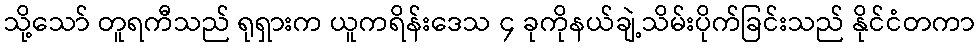
သို့သော် တူရကီသည် ရုရှားက ယူကရိန်းဒေသ ၄ ခုကိုနယ်ချဲ့သိမ်းပိုက်ခြင်းသည် နိုင်ငံတကာ